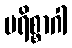
ပရိစ္စာဂါ